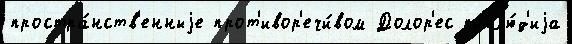
простра́нств'енныjе прот'ивор'ечи́вом Долор'ес пр'ел'ю́д'иjа